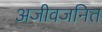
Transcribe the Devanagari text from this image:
अजीवजनित